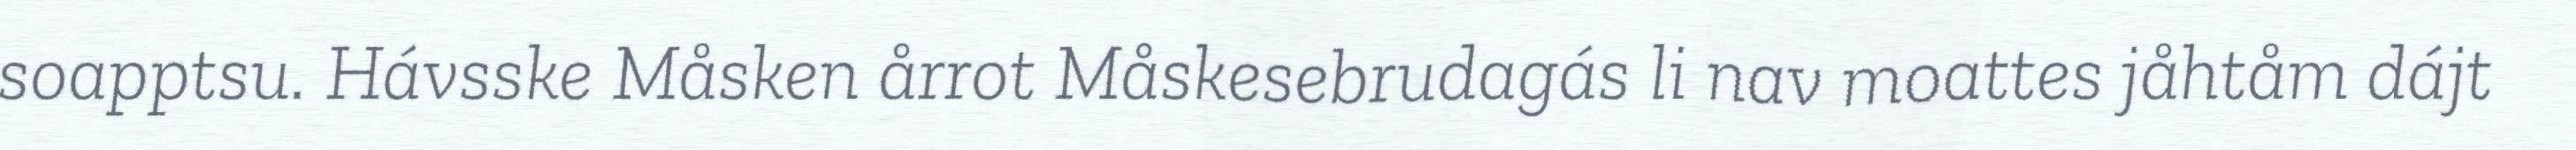
soapptsu. Hávsske Måsken årrot Måskesebrudagás li nav moattes jåhtåm dájt